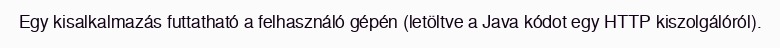
Egy kisalkalmazás futtatható a felhasználó gépén (letöltve a Java kódot egy HTTP kiszolgálóról).